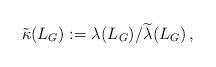
LaTeX: \begin{align*}\tilde{\kappa}(L_G) := \lambda_{}(L_G) / \widetilde{ \lambda_{}} (L_G) \,,\end{align*}